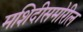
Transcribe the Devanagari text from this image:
मशिदीसमोरील